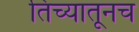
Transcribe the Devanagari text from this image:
तिच्यातूनच